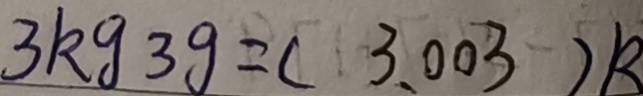
3 k g 3 g = ( 3 . 0 0 3 ) k